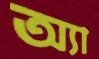
অ্যা